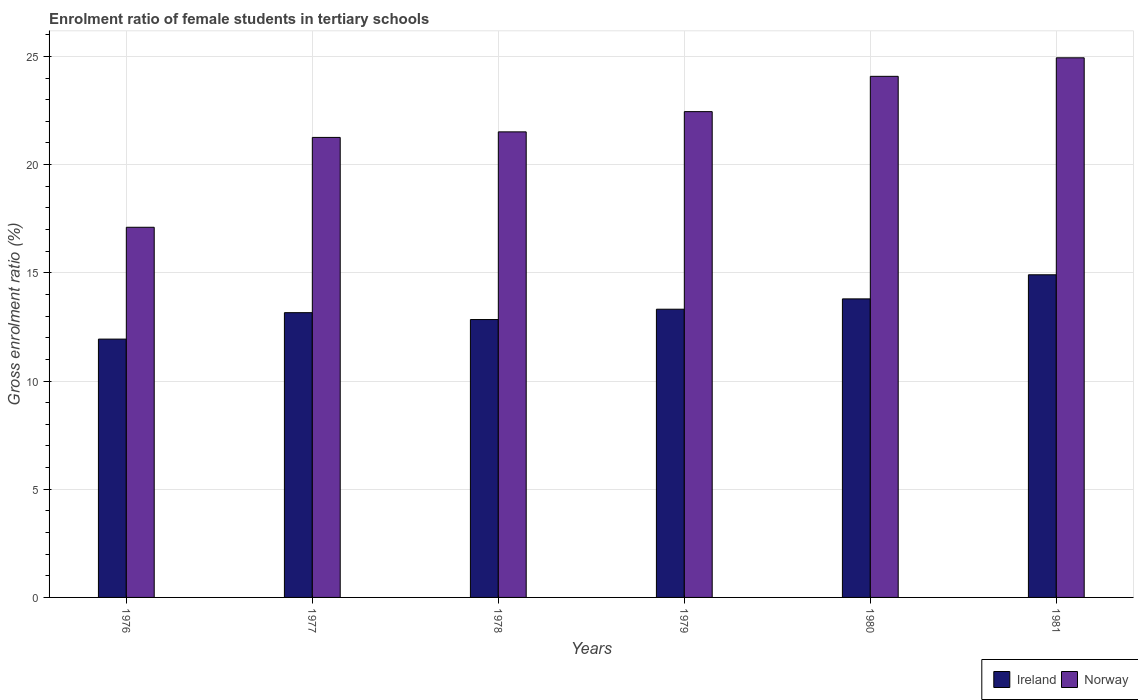
| Years | Ireland | Norway |
 | --- | --- | --- |
 | 1976 | 11.9 | 17.1 |
 | 1977 | 13.2 | 21.3 |
 | 1978 | 12.8 | 21.5 |
 | 1979 | 13.3 | 22.4 |
 | 1980 | 13.8 | 24.1 |
 | 1981 | 14.9 | 24.9 |